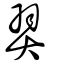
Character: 羿